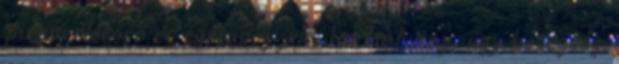
piros, életerő és egészség jele, ha halvány, úgy betegség,